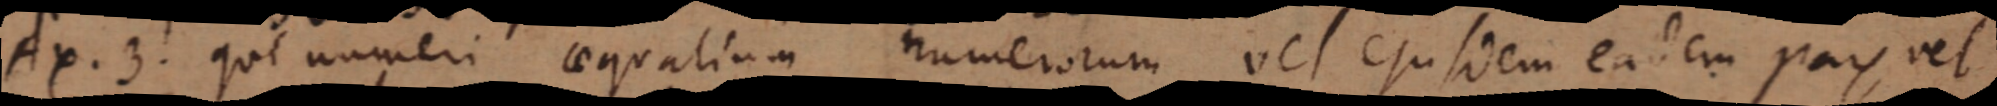
Ax. 3. que numeri aequalium numerorum vel ejusdem eadem pars vel